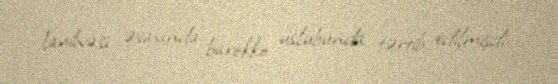
layihəsi əsasında barokko üslubunda tərtib edilmişdi.